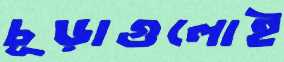
চূড়াগুলোই